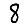
Digit: 8